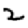
Digit: 2